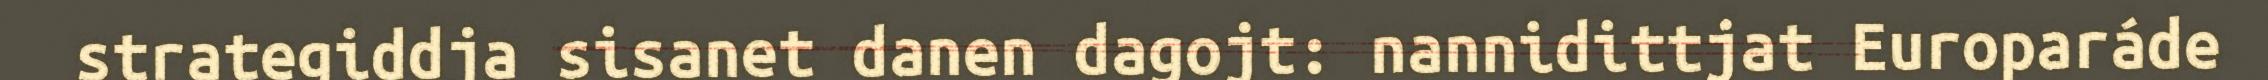
strategiddja sisanet danen dagojt: nannidittjat Europaráde